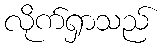
လိုက်ရှာသည်